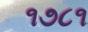
૧૭૮૧